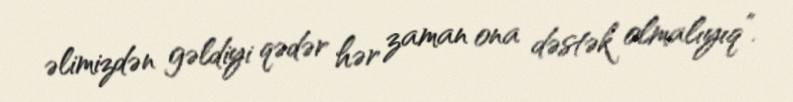
əlimizdən gəldiyi qədər hər zaman ona dəstək olmalıyıq”.